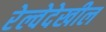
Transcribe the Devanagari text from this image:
रेल्वेदेखील